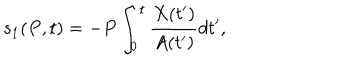
LaTeX: s _ { 1 } ( P , t ) = - P \int _ { 0 } ^ { t } \frac { X ( t ^ { \prime } ) } { A ( t ^ { \prime } ) } d t ^ { \prime } ,